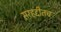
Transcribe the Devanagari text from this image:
सरहद्दीतच